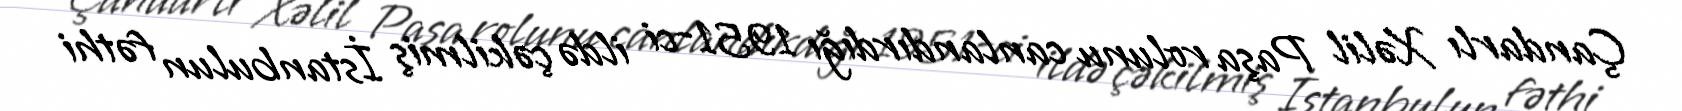
Çandarlı Xəlil Paşa rolunu canlandırdığı 1951-ci ildə çəkilmiş İstanbulun fəthi